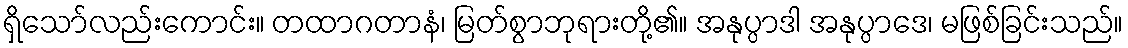
ရှိသော်လည်းကောင်း။ တထာဂတာနံ၊ မြတ်စွာဘုရားတို့၏။ အနုပ္ပာဒါ အနုပ္ပာဒေ၊ မဖြစ်ခြင်းသည်။